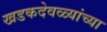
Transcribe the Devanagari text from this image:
खडकदेवळ्यांच्या